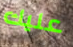
عليك